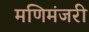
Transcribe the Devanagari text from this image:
मणिमंजरी